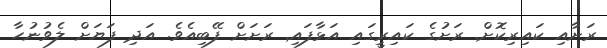
ރަށާއި ކައިރިކޮށް